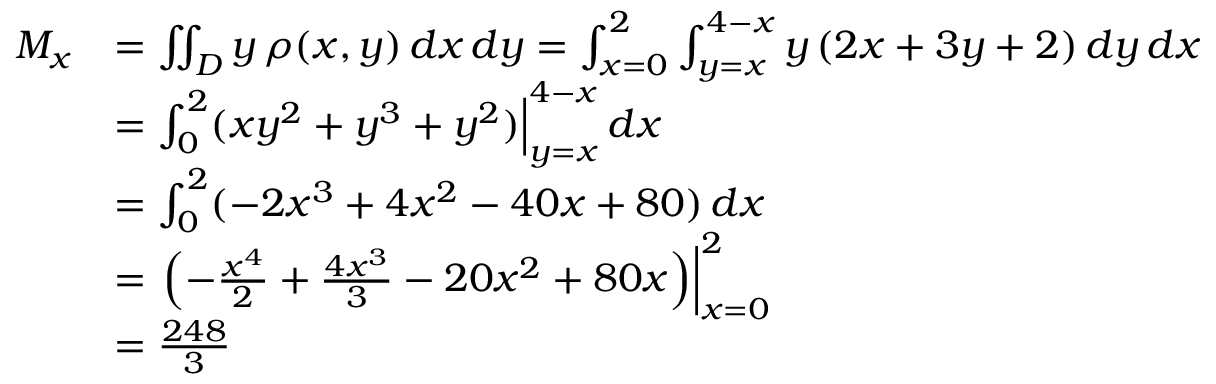
{ \begin{array} { r l } { M _ { x } } & { = \iint _ { D } y \, \rho ( x , y ) \, d x \, d y = \int _ { x = 0 } ^ { 2 } \int _ { y = x } ^ { 4 - x } y \, ( 2 x + 3 y + 2 ) \, d y \, d x } \\ & { = \int _ { 0 } ^ { 2 } ( x y ^ { 2 } + y ^ { 3 } + y ^ { 2 } ) { \Big | } _ { y = x } ^ { 4 - x } \, d x } \\ & { = \int _ { 0 } ^ { 2 } ( - 2 x ^ { 3 } + 4 x ^ { 2 } - 4 0 x + 8 0 ) \, d x } \\ & { = \left. \left( - { \frac { x ^ { 4 } } { 2 } } + { \frac { 4 x ^ { 3 } } { 3 } } - 2 0 x ^ { 2 } + 8 0 x \right) \right| _ { x = 0 } ^ { 2 } } \\ & { = { \frac { 2 4 8 } { 3 } } } \end{array} }